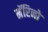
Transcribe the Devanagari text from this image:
मॅरिनो